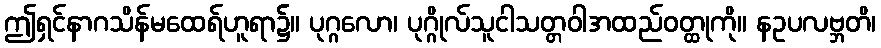
ဤရှင်နာဂသိန်မထေရ်ဟူရာ၌။ ပုဂ္ဂလော၊ ပုဂ္ဂိုလ်သူငါသတ္တဝါအထည်ဝတ္ထုကို။ နဥပလဗ္ဘတိ၊